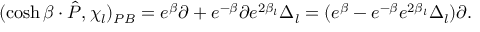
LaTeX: ( \cosh \beta \cdot \hat { P } , \chi _ { l } ) _ { P B } = e ^ { \beta } \partial + e ^ { - \beta } \partial e ^ { 2 \beta _ { l } } \Delta _ { l } = ( e ^ { \beta } - e ^ { - \beta } e ^ { 2 \beta _ { l } } \Delta _ { l } ) \partial .